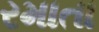
રમાતા